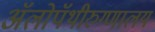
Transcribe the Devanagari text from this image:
ॲलोपॅथीरुग्णालय